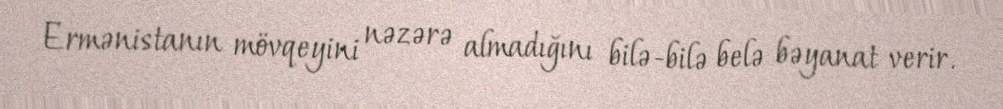
Ermənistanın mövqeyini nəzərə almadığını bilə-bilə belə bəyanat verir.